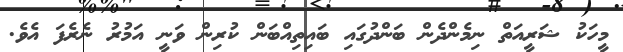
މީހަކު ޝަރީއަތް ނިމެންދެން ބަންދުގައި ބައިތިއްބަން ކުރިން ވަނީ އަމުރު ނެރެފަ އެވެ.